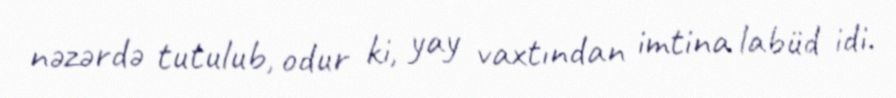
nəzərdə tutulub, odur ki, yay vaxtından imtina labüd idi.